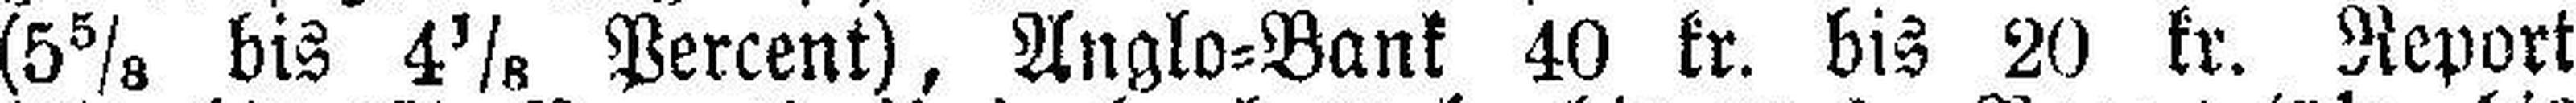
(5⅝ bis 4⅜ Percent), Anglo=Bank 40 kr. bis 20 kr. Report